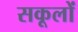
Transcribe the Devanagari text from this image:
सकूलों